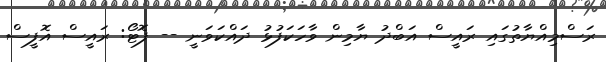
ރަސްމިއްޔާތުގައި ރައީސް އަބްދު ޔާމިން ވާހަކަފުޅު ދައްކަވަނީ -- ފޮޓޯ: ރައީސް އޮފީސް